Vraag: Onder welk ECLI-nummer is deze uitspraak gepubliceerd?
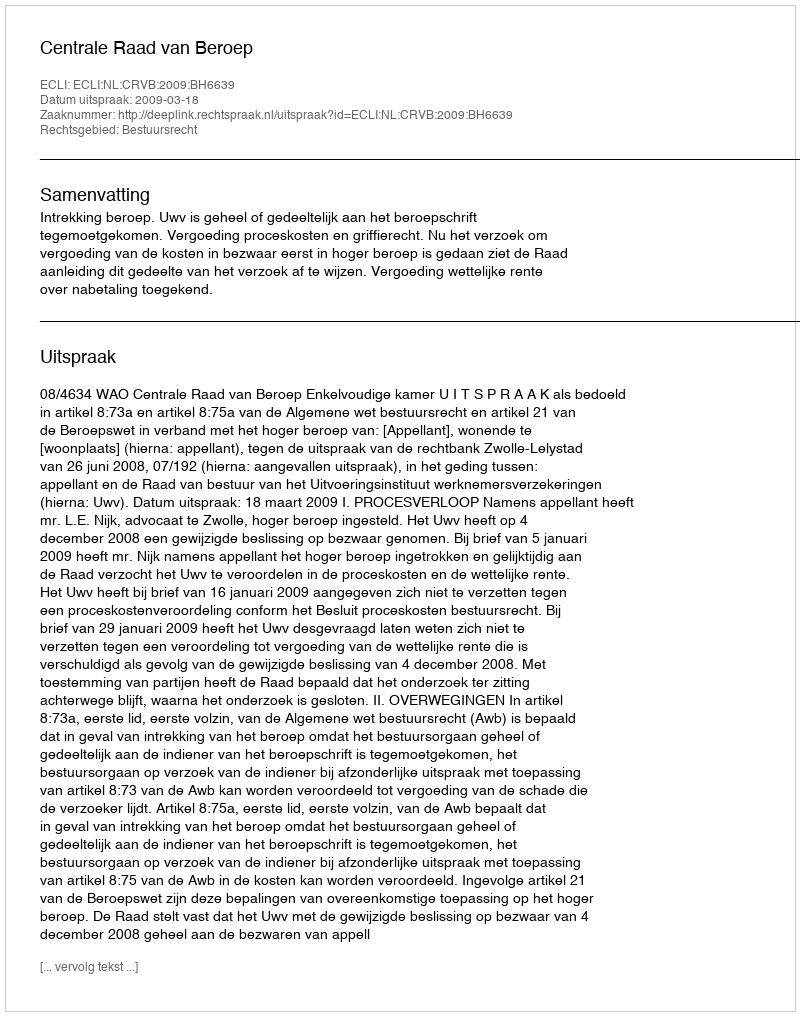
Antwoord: ECLI:NL:CRVB:2009:BH6639